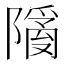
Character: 𬯙